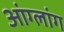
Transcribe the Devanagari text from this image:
आंग्लांग